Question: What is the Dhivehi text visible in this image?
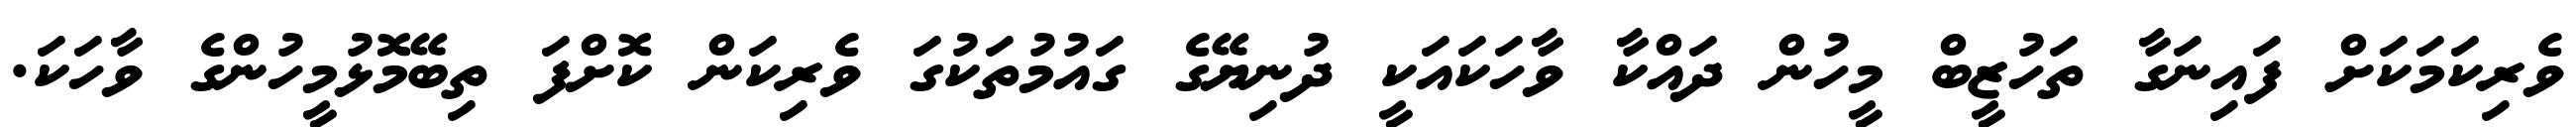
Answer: ވެރިކަމަކަށް ފައިނަގާ ތަހުޒީބް މީހުން ދައްކާ ވާހަކައަކީ ދުނިޔޭގެ ގައުމުތަކުގަ ވެރިކަން ކޮށްފަ ތިބޭމޮޅުމީހުންގެ ވާހަކަ.